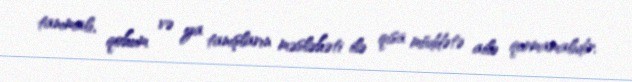
tanımalı, qohum və ya tanışların məsləhəti ilə qısa müddətə ailə qurmamalıdır.